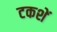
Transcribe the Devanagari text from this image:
टकशें